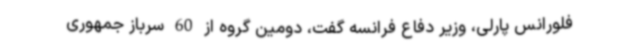
فلورانس پارلی، وزیر دفاع فرانسه گفت، دومین گروه از 60 سرباز جمهوری